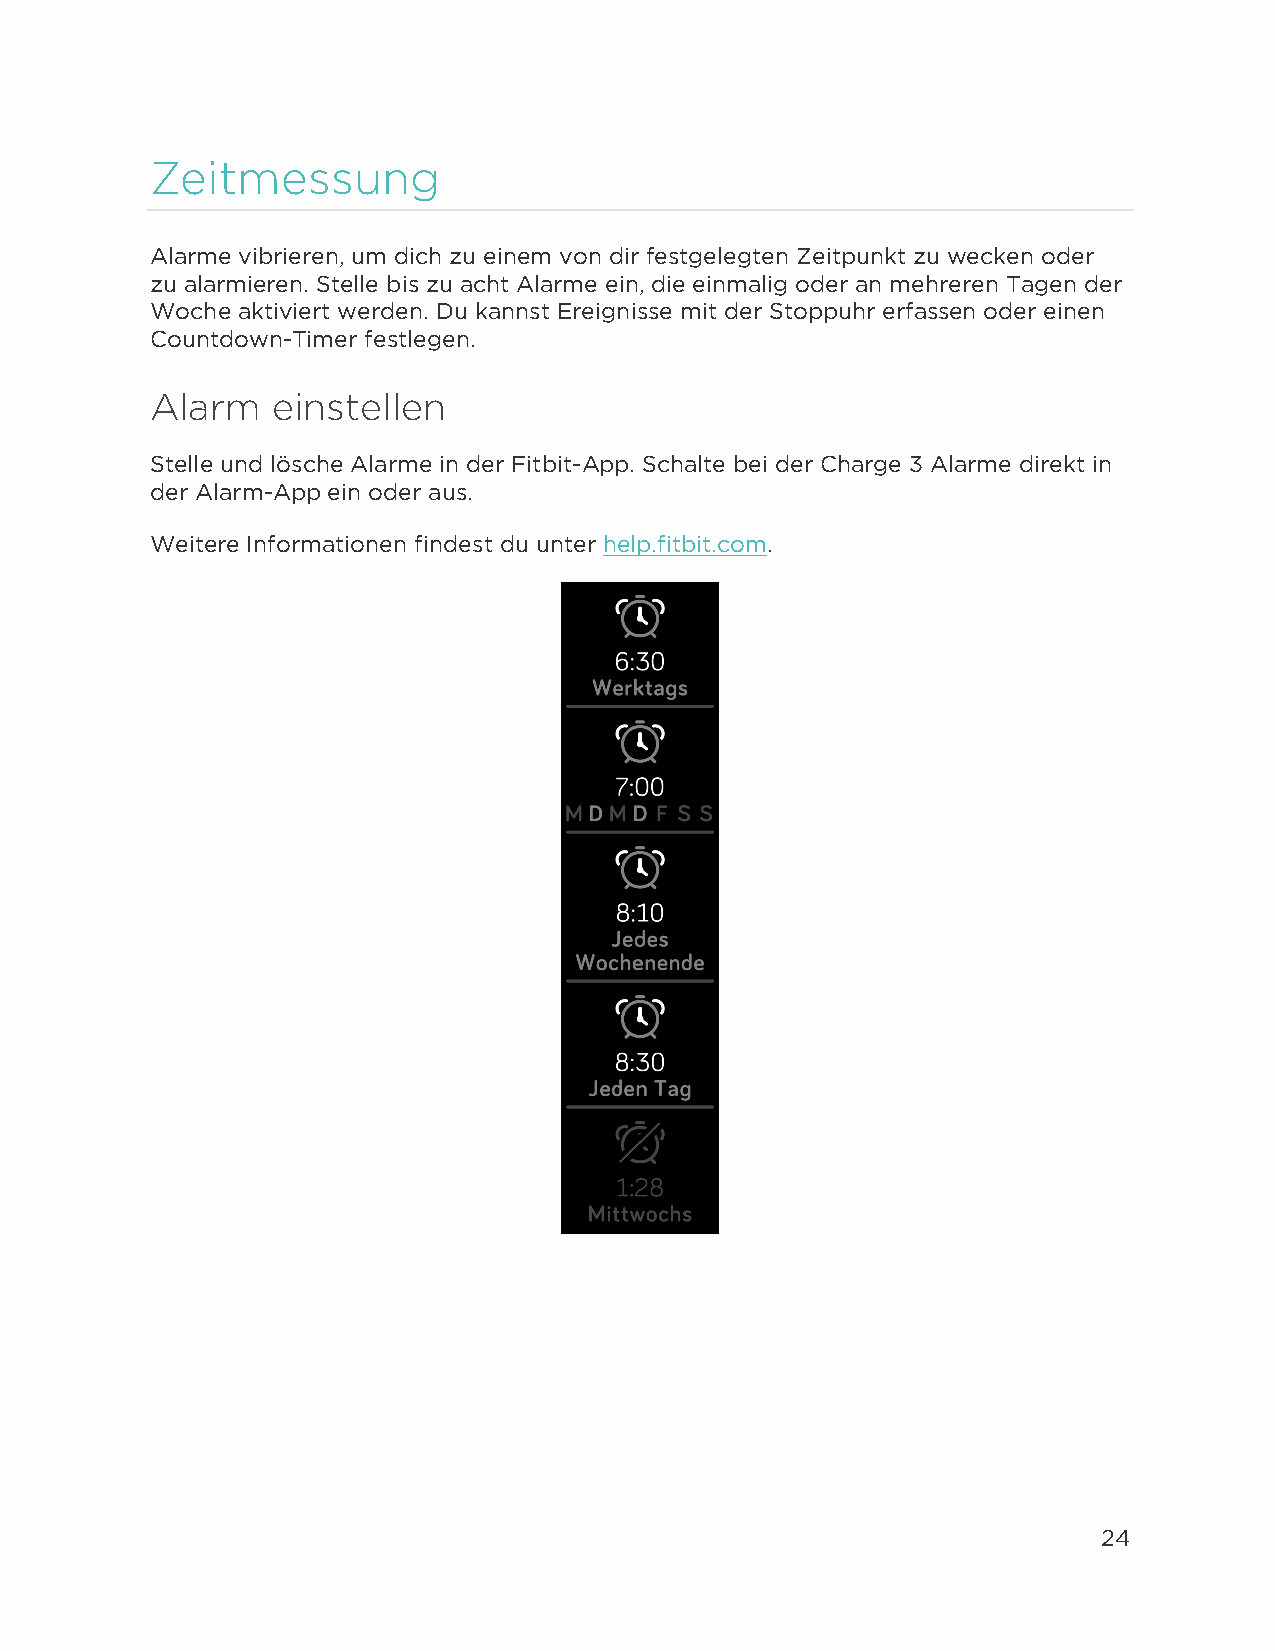
Zeitmessung
 Alarme vibrieren, um dich zu einem von dir festgelegten Zeitpunkt zu wecken oder
 zu alarmieren. Stelle bis zu acht Alarme ein, die einmalig oder an mehreren Tagen der
 Woche aktiviert werden. Du kannst Ereignisse mit der Stoppuhr erfassen oder einen
 Countdown-Timer festlegen.
 Alarm   einstellen
 Stelle und lösche Alarme in der Fitbit-App. Schalte bei der Charge 3 Alarme direkt in
 der Alarm-App ein oder aus.
 Weitere Informationen findest du unter help.fitbit.com.
 24